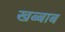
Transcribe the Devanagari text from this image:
खब्बाब